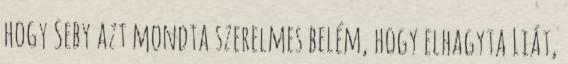
hogy Seby azt mondta szerelmes belém, hogy elhagyta Liát,